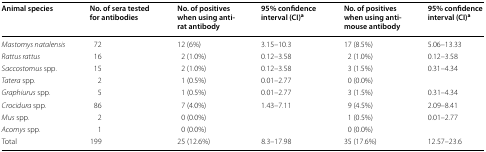
<table><thead><tr><td><b>Animal species</b></td><td><b>No. of sera tested for antibodies</b></td><td><b>No. of positives when using anti-rat antibody</b></td><td><b>95% confidence interval (CI)<sup>a</sup></b></td><td><b>No. of positives when using anti-mouse antibody</b></td><td><b>95% confidence interval (CI)<sup>a</sup></b></td></tr></thead><tbody><tr><td><i>Mastomys natalensis</i></td><td>72</td><td>12 (6%)</td><td>3.15–10.3</td><td>17 (8.5%)</td><td>5.06–13.33</td></tr><tr><td><i>Rattus rattus</i></td><td>16</td><td>2 (1.0%)</td><td>0.12–3.58</td><td>2 (1.0%)</td><td>0.12–3.58</td></tr><tr><td><i>Saccostomus</i> spp.</td><td>15</td><td>2 (1.0%)</td><td>0.12–3.58</td><td>3 (1.5%)</td><td>0.31–4.34</td></tr><tr><td><i>Tatera</i> spp.</td><td>2</td><td>1 (0.5%)</td><td>0.01–2.77</td><td>0 (0.0%)</td><td></td></tr><tr><td><i>Graphiurus</i> spp.</td><td>5</td><td>1 (0.5%)</td><td>0.01–2.77</td><td>3 (1.5%)</td><td>0.31–4.34</td></tr><tr><td><i>Crocidura</i> spp.</td><td>86</td><td>7 (4.0%)</td><td>1.43–7.11</td><td>9 (4.5%)</td><td>2.09–8.41</td></tr><tr><td><i>Mus</i> spp.</td><td>2</td><td>0 (0.0%)</td><td></td><td>1 (0.5%)</td><td>0.01–2.77</td></tr><tr><td><i>Acomys</i> spp.</td><td>1</td><td>0 (0.0%)</td><td></td><td>0 (0.0%)</td><td></td></tr><tr><td>Total</td><td>199</td><td>25 (12.6%)</td><td>8.3–17.98</td><td>35 (17.6%)</td><td>12.57–23.6</td></tr></tbody></table>